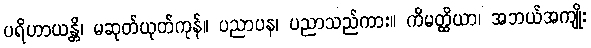
ပရိဟာယန္တိ၊ မဆုတ်ယုတ်ကုန်။ ပညာပန၊ ပညာသည်ကား။ ကိမတ္ထိယာ၊ အဘယ်အကျိုး